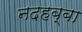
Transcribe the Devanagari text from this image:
नदहब्बा